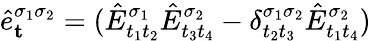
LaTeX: \hat{e}_{\mathbf{t}}^{\sigma_{1}\sigma_{2}}=(\hat{E}_{t_{1}t_{2}}^{\sigma_{1}}\hat{E}_{t_{3}t_{4}}^{\sigma_{2}}-\delta_{t_{2}t_{3}}^{\sigma_{1}\sigma_{2}}\hat{E}_{t_{1}t_{4}}^{\sigma_{2}})